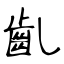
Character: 齓